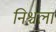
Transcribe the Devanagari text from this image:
निश्चला